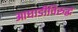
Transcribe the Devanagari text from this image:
आघाडीविरुद्ध